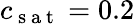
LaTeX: c_{\mathrm{~s~a~t~}}=0.2